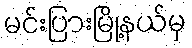
မင်းပြားမြို့နယ်မှ